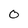
Character: o